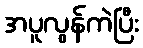
အပူလွန်ကဲပြီး